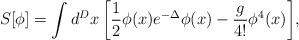
LaTeX: \begin{align*}S[\phi]=\int d^Dx\,\biggl[ \frac{1}{2}\phi(x)e^{-\Delta}\phi(x) -\frac{g}{4!}\phi^4(x)\biggr],\end{align*}